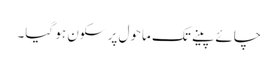
چائے پینے تک ماحول پر سکون ہو گیا۔